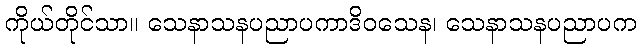
ကိုယ်တိုင်သာ။ သေနာသနပညာပကာဒိဝသေန၊ သေနာသနပညာပက